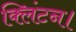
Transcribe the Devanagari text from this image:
क्लिंटन।